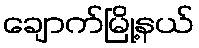
ချောက်မြို့နယ်